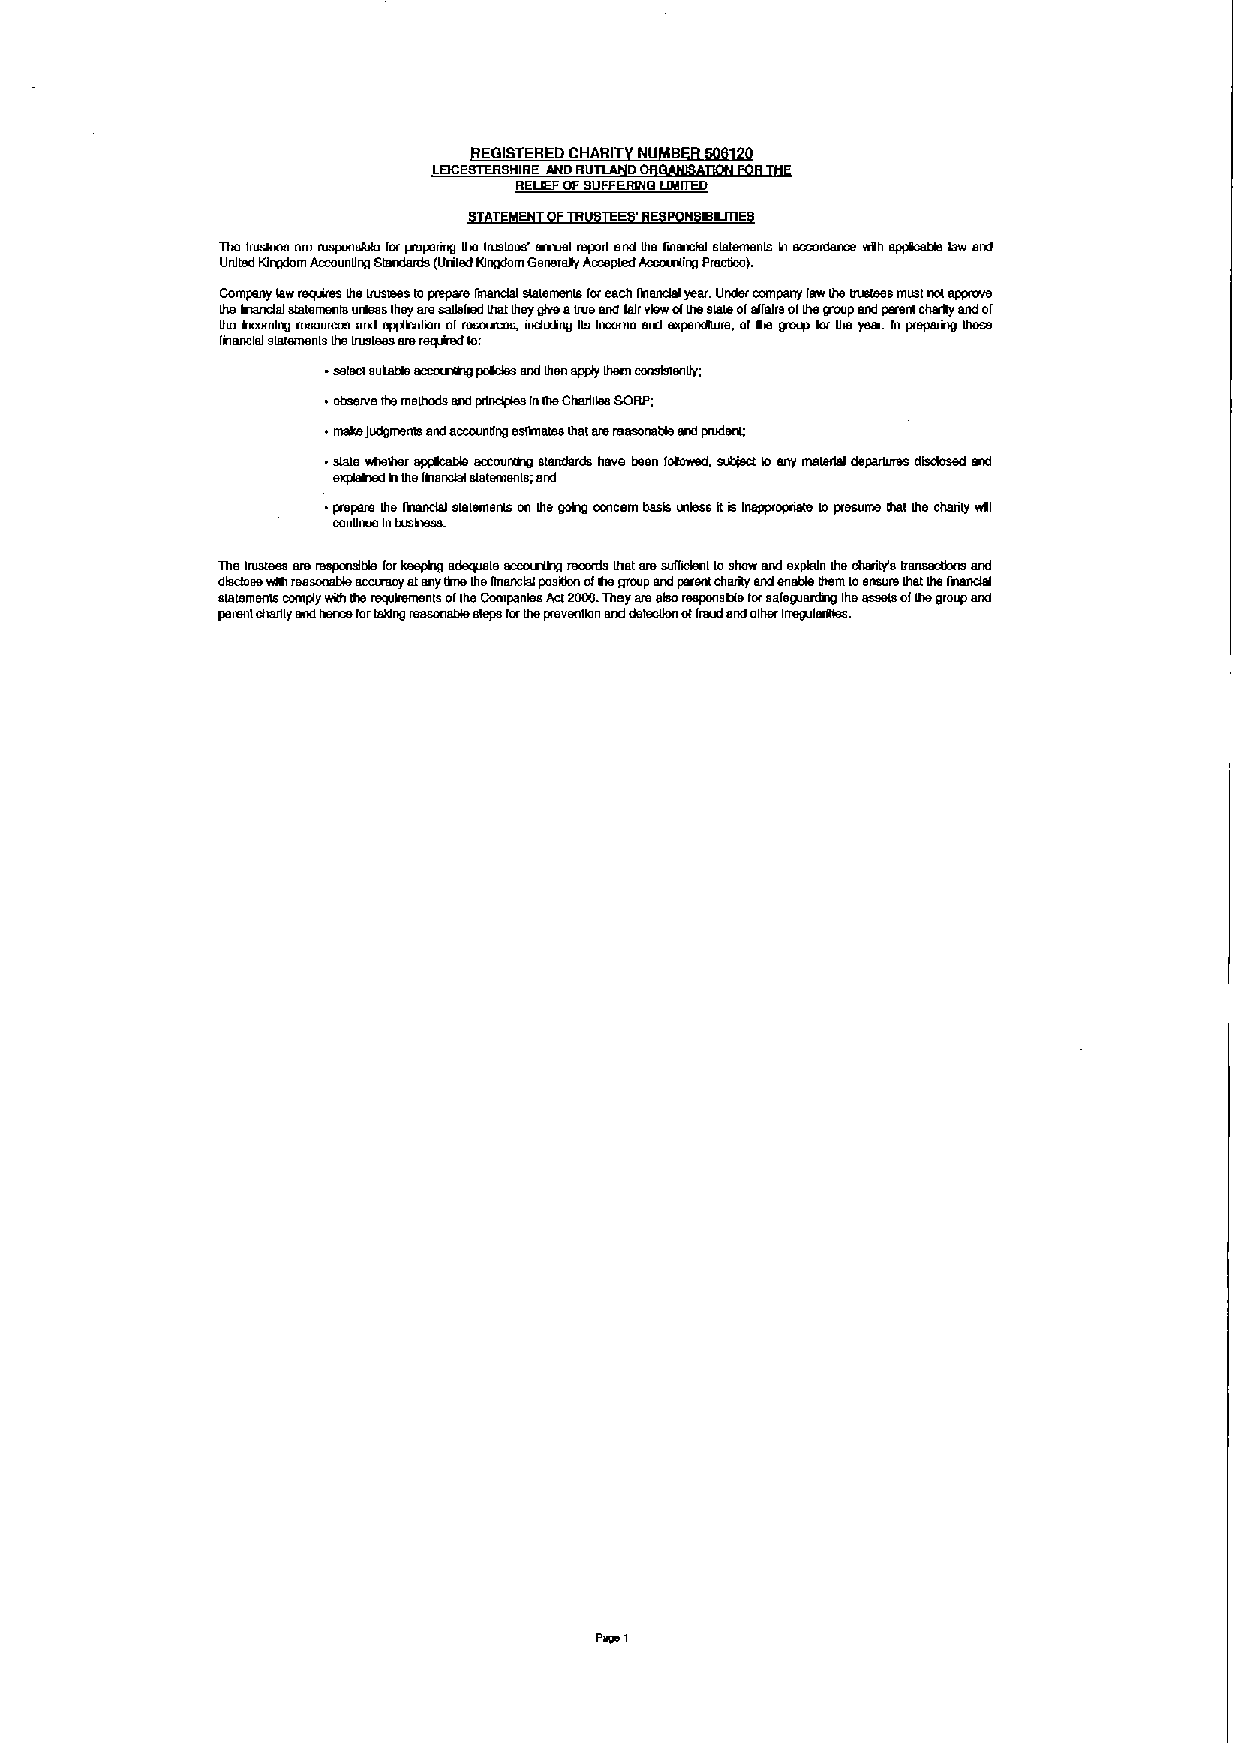
EGfSTEREDCHARiT NU B
 LEICESTERSNIRE ANO RU O
 RELIEFOFSUFFERING LSSITFO
 E ' N ktkITIE
 The truskms are responslbm forprepermg Ihe Iruslees' annual report end Ihe linmmlel statements in accoxmrce wkh spptcstm law and
 United Kingdom Accoun0ngStandards fUrsledKingdom Genereky Accepted Accoungng Pracgce).
 Company lawreqmres IheIrusbms t~oprepare gnandm slelemenle foreach fbendal year. Under company law Ihe Inmleee must nol eppnwe
 IheNmndst statements urmms Ihay aresalhfmd InstIhaygiveaIruemm lairview ofIhesteleofaffairs ofIheo'cup end psrera energy and of
 Ihe mcomlng resources arm applbalmn ofresomces, mdudng ks Income mxt expelxkture, ofme grmm lor Ihe year In preparkg Ihose
 fhanclsl elelenmnls Ihsltu9lsss ereIBRABtllo:
 BsleCIBcketai pckCNB slut Itlen apts/ Itlsnl Cmwtllsngy,
 ~observe the methods snd prlndpkm InIheCharkles SCRP,
 ~makefudgmenle endaccoundng esRnales Ihatmemmmrmtm end prudent;
 ~aisle whelher Nxgcmm accountmg standards have been fokowed, sutblm lo any malarial departures disdosed mxl
 explamed hIhefmenctBI slalemenls; and
 ~prepare Ihe Ikranctsl slelemenls on Ihe gomg concern basis unless itis Inapproprmte lo presume Ihal Ihe chanly wkl
 Ccrrgmle 14busm899.                   b~
 me trustees ere mspclmble lorkeepmg adequate accmxskm recmrh Inst aresuffmlenl lo9how and explain Ihe chanty's ard
 dlsdose wmr reesonabm accuracy atanySINIheItnandsl txwmco ofmegroup and parent charky end enable them loensunl Ihat IheImendal
 slalemenls ccmplywkh Iherequtmnmnls ofIheCcmpanme Act2000.They me also respon able torsafe guardmg Iheassets ofIhegroup and
 pertml charky and hence forleMng reasonable slaps lorIheprevenson and detecgon offraud and other Inofmlergtes.
 Pww I